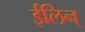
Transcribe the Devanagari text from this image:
ईलिन्